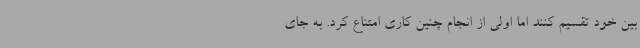
بین خود تقسیم کنند اما اولی از انجام چنین کاری امتناع کرد. به جای